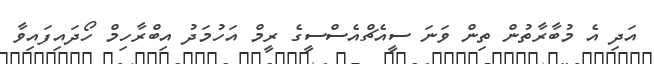
އަދި އެ މުބާރާތުން ތިން ވަނަ ސީއެޗްއެސްސީގެ ރީމް އަހުމަދު އިބްރާހިމް ހޯދައިފައިވާ